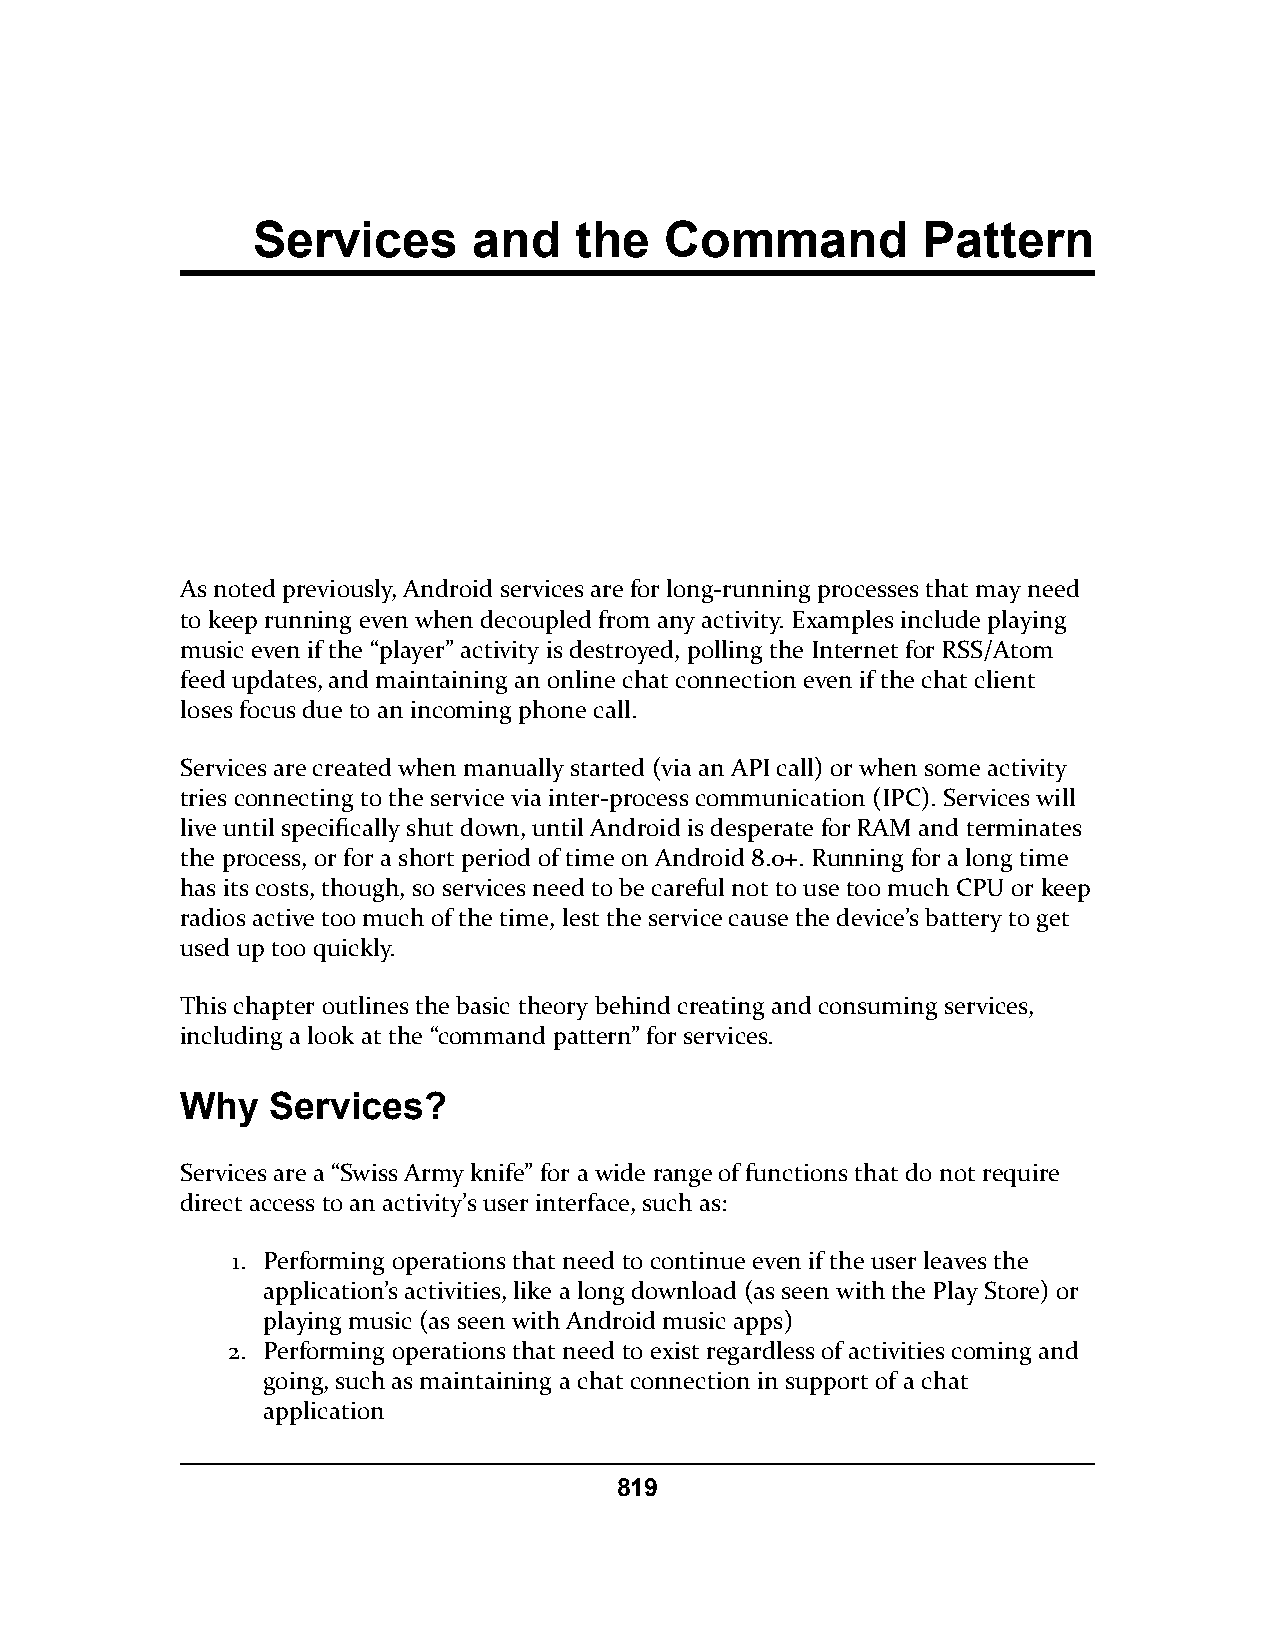
Services      and    the   Command          Pattern
 As noted previously, Android services are for long-running processes that may need
 to keep running even when decoupled from any activity. Examples include playing
 music even if the “player” activity is destroyed, polling the Internet for RSS/Atom
 feed updates, and maintaining an online chat connection even if the chat client
 loses focus due to an incoming phone call.
 Services are created when manually started (via an API call) or when some activity
 tries connecting to the service via inter-process communication (IPC). Services will
 live until specifically shut down, until Android is desperate for RAM and terminates
 the process, or for a short period of time on Android 8.0+. Running for a long time
 has its costs, though, so services need to be careful not to use too much CPU or keep
 radios active too much of the time, lest the service cause the device’s battery to get
 used up too quickly.
 This chapter outlines the basic theory behind creating and consuming services,
 including a look at the “command pattern” for services.
 Why   Services?
 Services are a “Swiss Army knife” for a wide range of functions that do not require
 direct access to an activity’s user interface, such as:
 1. Performing operations that need to continue even if the user leaves the
 application’s activities, like a long download (as seen with the Play Store) or
 playing music (as seen with Android music apps)
 2. Performing operations that need to exist regardless of activities coming and
 going, such as maintaining a chat connection in support of a chat
 application
 819